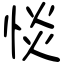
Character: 惔